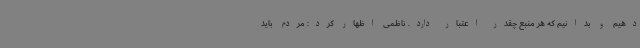
دهیم و بدانیم که هر منبع چقدر اعتبار دارد. ناظمی اظهار کرد: مردم باید